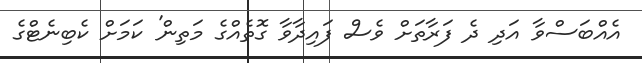
އެއްބަސްވާ އަދި ދެ ފަރާތަށް ވެސް ފައިދާވާ ގޮތެއްގެ މަތިން' ކަމަށް ކެބިނެޓްގެ